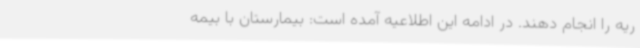
ریه را انجام دهند. در ادامه این اطلاعیه آمده است: بیمارستان با بیمه